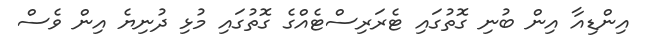
އިންޑިއާ އިން ބުނި ގޮތުގައި ޓެރަރިސްޓެއްގެ ގޮތުގައި މުޅި ދުނިޔެ އިން ވެސް